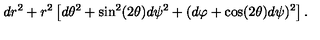
d r ^ { 2 } + r ^ { 2 } \left[ d \theta ^ { 2 } + \sin ^ { 2 } ( 2 \theta ) d \psi ^ { 2 } + ( d \varphi + \cos ( 2 \theta ) d \psi ) ^ { 2 } \right] .